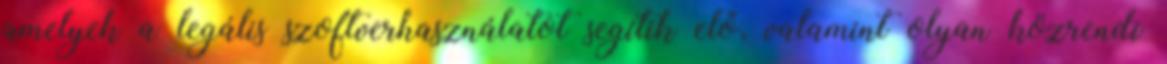
amelyek a legális szoftverhasználatot segítik elő, valamint olyan közrendi